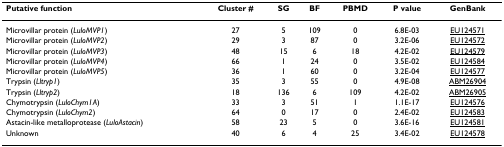
<table><thead><tr><td><b>Putative function</b></td><td><b>Cluster #</b></td><td><b>SG</b></td><td><b>BF</b></td><td><b>PBMD</b></td><td><b>P value</b></td><td><b>GenBank</b></td></tr></thead><tbody><tr><td>Microvillar protein (<i>LuloMVP1</i>)</td><td>27</td><td>5</td><td>109</td><td>0</td><td>6.8E-03</td><td>EU124571</td></tr><tr><td>Microvillar protein (<i>LuloMVP2</i>)</td><td>29</td><td>3</td><td>87</td><td>0</td><td>3.2E-06</td><td>EU124572</td></tr><tr><td>Microvillar protein (<i>LuloMVP3</i>)</td><td>48</td><td>15</td><td>6</td><td>18</td><td>4.2E-02</td><td>EU124579</td></tr><tr><td>Microvillar protein (<i>LuloMVP4</i>)</td><td>66</td><td>1</td><td>24</td><td>0</td><td>3.5E-02</td><td>EU124584</td></tr><tr><td>Microvillar protein (<i>LuloMVP5</i>)</td><td>36</td><td>1</td><td>60</td><td>0</td><td>3.2E-04</td><td>EU124577</td></tr><tr><td>Trypsin (<i>Lltryp1</i>)</td><td>35</td><td>3</td><td>55</td><td>0</td><td>4.9E-08</td><td>ABM26904</td></tr><tr><td>Trypsin (<i>Lltryp2</i>)</td><td>18</td><td>136</td><td>6</td><td>109</td><td>4.2E-02</td><td>ABM26905</td></tr><tr><td>Chymotrypsin (<i>LuloChym1A</i>)</td><td>33</td><td>3</td><td>51</td><td>1</td><td>1.1E-17</td><td>EU124576</td></tr><tr><td>Chymotrypsin (<i>LuloChym2</i>)</td><td>64</td><td>0</td><td>17</td><td>0</td><td>2.4E-02</td><td>EU124583</td></tr><tr><td>Astacin-like metalloprotease (<i>LuloAstacin</i>)</td><td>58</td><td>23</td><td>5</td><td>0</td><td>3.6E-16</td><td>EU124581</td></tr><tr><td>Unknown</td><td>40</td><td>6</td><td>4</td><td>25</td><td>3.4E-02</td><td>EU124578</td></tr></tbody></table>